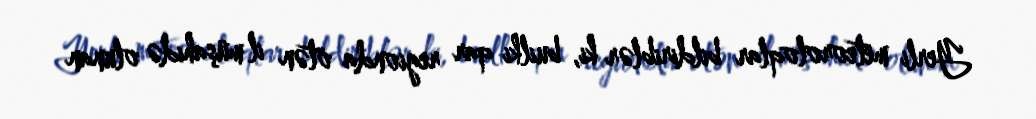
Yerli meteoroloqlar bildiriblər ki, builki qar regionda ötən il müşahidə olunan